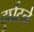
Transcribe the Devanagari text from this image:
दुर्घटने